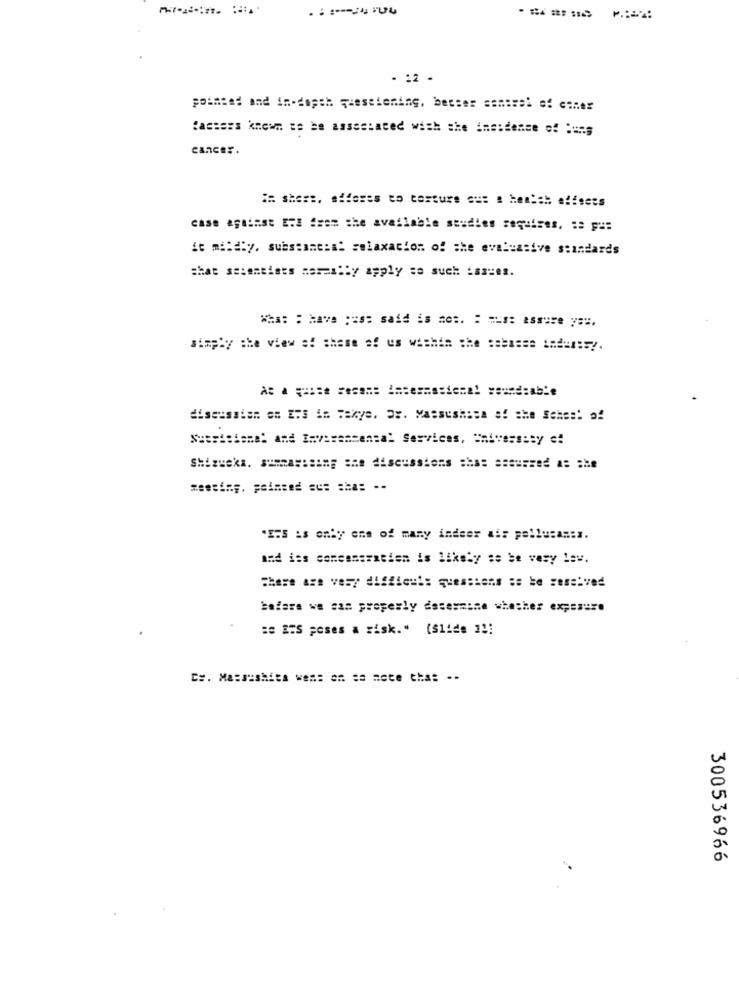
- 12 -
pointed and in-depth questioning, besser samirel af ciner
Casters known te be associated with the incidence of === s
cancer.
== she ==, affases to costure aus a health effects
case against E:S from the available studies requires, :: p ::
it mildly. substanc:a: selaxacion of the evaluative standards
that se:entists assembly apply =o such Las-es.
simply the view of these of us within the ======= ====: 5 !.
discussion on ERS in Faxye. Dr. Massushisa af she Sches! of
sussistema: and Environmental Services, = niversity c:
Shizueka. samassaing the discussions shas sseurzed as :he
"ES is only one of many indeer ais pellucas:s.
nad iss conseseratien is likely se be very lev.
These are very difficul: queasiens se ke zase:ved
bafare we can properly determine whether exposure
Cs. Massushita ve == == == note that --
300536966